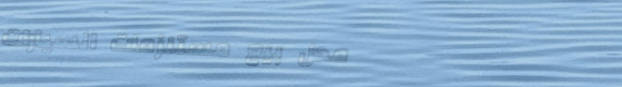
محل بيع مستلزمات السيارات